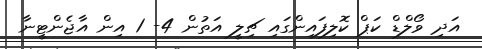
އަދި ވޯލްޑް ކަޕް ކޮލިފައިންގައި ޗިލީ އަތުން 4- 1 އިން އާޖެންޓީނާ